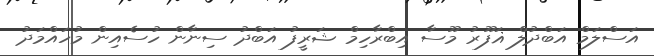
އަސްލަމް އަބްދުލް ޣަފޫރު މޫސާ އިބްރާހިމް ޝަރީފު އަބްދު ސިނާން ހުސެއިން މުހައްމަދު